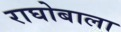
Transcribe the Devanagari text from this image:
राघोबाला